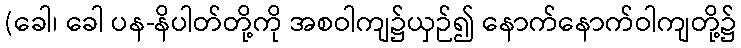
(ခေါ၊ ခေါ ပန-နိပါတ်တို့ကို အစဝါကျ၌ယှဉ်၍ နောက်နောက်ဝါကျတို့၌